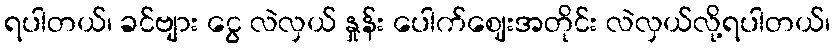
ရပါတယ်၊ ခင်ဗျား ငွေ လဲလှယ် နှုန်း ပေါက်ဈေးအတိုင်း လဲလှယ်လို့ရပါတယ်၊